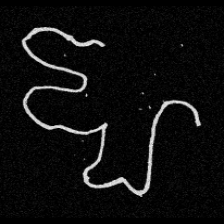
Pyu character \u2014 Myanmar letter: ဈ (romanized: jha)